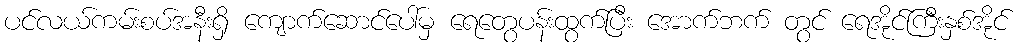
ပင်လယ်ကမ်းစပ်အနီးရှိ ကျောက်ဆောင်ပေါ်မှ ရေတွေပန်းထွက်ပြီး အောက်ဘက် တွင် ရေအိုင်ကြီးနှစ်အိုင်